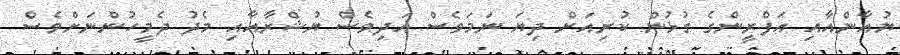
ޔުއާންއާއި އަފްރީންގެ ގުޅުން ކުރިއަށް ދިޔަ ނަމަވެސް އަދިވެސް ޔުޝްރާއާއި މެދު ދެމީހުންނަށްވެސް